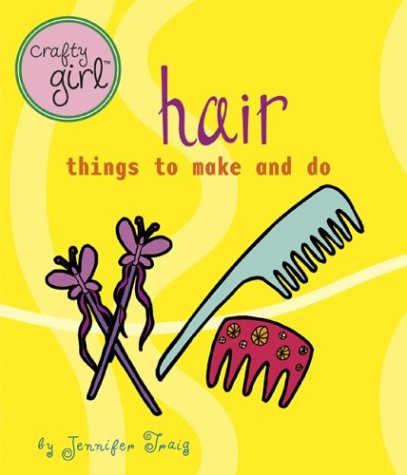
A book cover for Crafty Girl: Hair: Things to Make and Do; Jennifer Traig; Teen & Young Adult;